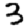
Digit: 3